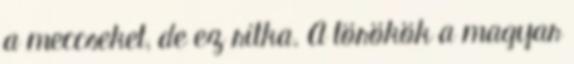
a meccseket, de ez ritka. A törökök a magyar